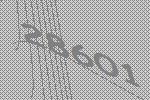
28601